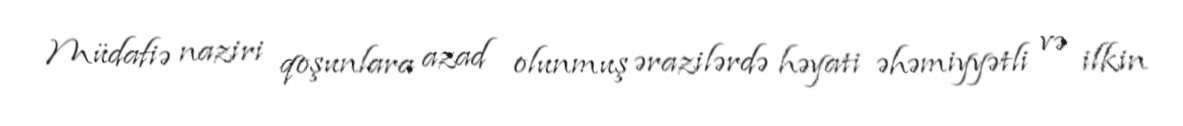
Müdafiə naziri qoşunlara azad olunmuş ərazilərdə həyati əhəmiyyətli və ilkin